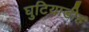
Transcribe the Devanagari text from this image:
घुटियाडीह